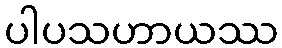
ပါပသဟာယဿ